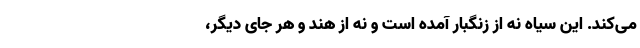
می‌کند. این سیاه نه از زنگبار آمده است و نه از هند و هر جای دیگر،